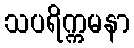
သပရိက္ကမနာ